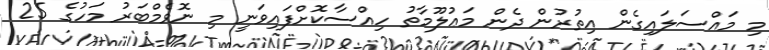
މި މައްސަލައިގެން އިތުރުން ދެން މަޢުލޫމާތު ހިއްސާކޮށްފައިވަނީ މި ނޮވެމްބަރު މަހުގެ 25